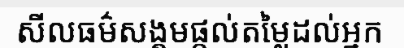
សីលធម៌សង្គមផ្តល់តម្លៃដល់អ្នក